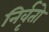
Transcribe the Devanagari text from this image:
निर्वृतो